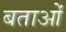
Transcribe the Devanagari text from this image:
बताओं